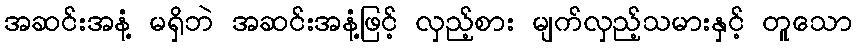
အဆင်းအနံ့ မရှိဘဲ အဆင်းအနံ့ဖြင့် လှည့်စား မျက်လှည့်သမားနှင့် တူသော